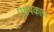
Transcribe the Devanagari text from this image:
प्रक्षेपकाने